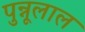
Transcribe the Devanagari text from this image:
पुन्नूलाल